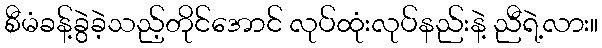
စီမံခန့်ခွဲခဲ့သည့်တိုင်အောင် လုပ်ထုံးလုပ်နည်းနဲ့ ညီရဲ့လား။